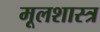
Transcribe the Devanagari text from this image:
मूलशास्त्र